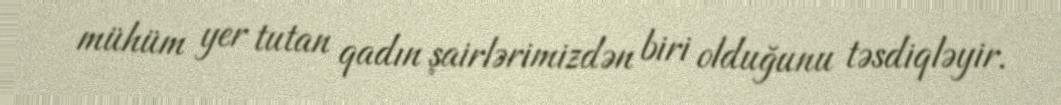
mühüm yer tutan qadın şairlərimizdən biri olduğunu təsdiqləyir.